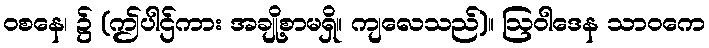
ဝစနေ၊ ၌ (ဤပါဌ်ကား အချို့စာမရှိ။ ကျလေသည်)။ ဩဝါဒေန သာဝကေ